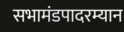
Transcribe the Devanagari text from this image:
सभामंडपादरम्यान